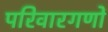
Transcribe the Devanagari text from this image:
परिवारगणों